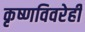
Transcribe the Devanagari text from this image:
कृष्णविवरेही